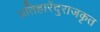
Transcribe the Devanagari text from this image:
प्रतिहारेंदुराजकृत